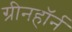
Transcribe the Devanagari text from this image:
ग्रीनहॉर्न